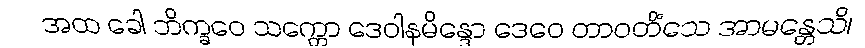
အထ ခေါ ဘိက္ခဝေ သက္ကော ဒေဝါနမိန္ဒော ဒေဝေ တာဝတိံသေ အာမန္တေသိ၊